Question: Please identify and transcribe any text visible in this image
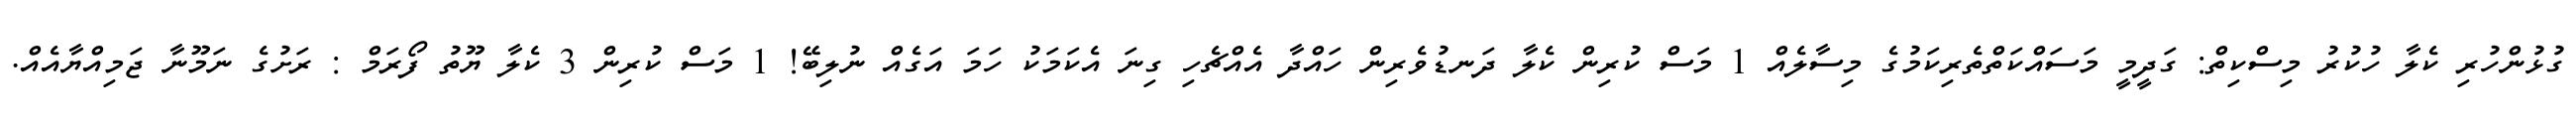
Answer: ގުޅުންހުރި ކެލާ ހުކުރު މިސްކިތް: ގަދީމީ މަސައްކަތްތެރިކަމުގެ މިސާލެއް 1 މަސް ކުރިން ކެލާ ދަނޑުވެރިން ހައްދާ އެއްޗެހި ގިނަ އެކަމަކު ހަމަ އަގެއް ނުލިބޭ! 1 މަސް ކުރިން 3 ކެލާ ޔޫތު ފޯރަމް : ރަށުގެ ނަމޫނާ ޖަމިއްޔާއެއް.